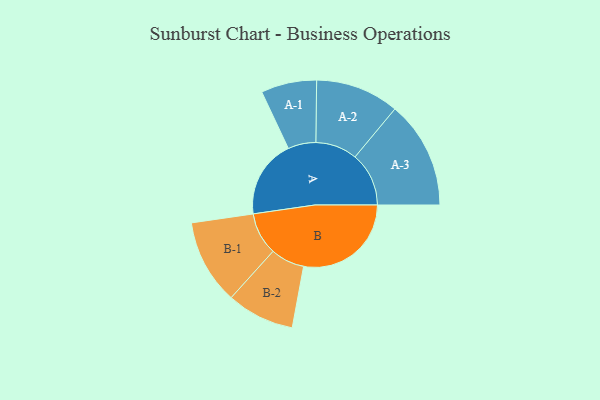
{"axis": {"x": "Segment", "y": "Value"}, "legend": ["", "A", "B"], "data": [{"x": "A", "y": 337, "type": ""}, {"x": "B", "y": 464, "type": ""}, {"x": "A-1", "y": 120, "type": "A"}, {"x": "A-2", "y": 180, "type": "A"}, {"x": "A-3", "y": 232, "type": "A"}, {"x": "B-1", "y": 183, "type": "B"}, {"x": "B-2", "y": 146, "type": "B"}]}